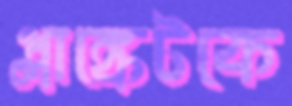
প্লাঙ্কেটকে